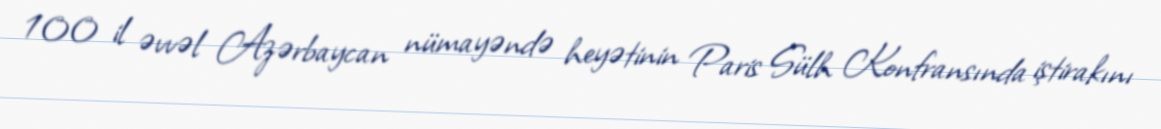
100 il əvvəl Azərbaycan nümayəndə heyətinin Paris Sülh Konfransında iştirakını